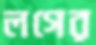
লগের